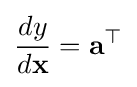
{\frac {dy}{d\mathbf {x} }}=\mathbf {a} ^{\top }